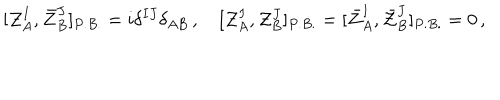
[ { \cal Z } _ { A } ^ { I } , \bar { \cal Z } _ { B } ^ { J } ] _ { P . B . } = i \delta ^ { I J } \delta _ { A B } \, , \quad [ { \cal Z } _ { A } ^ { I } , { \cal Z } _ { B } ^ { J } ] _ { P . B . } = [ \bar { \cal Z } _ { A } ^ { I } , \bar { \cal Z } _ { B } ^ { J } ] _ { P . B . } = 0 \, ,